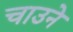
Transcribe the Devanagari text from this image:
चाउने